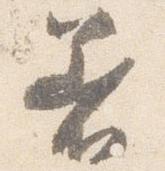
着